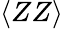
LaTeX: \langle ZZ\rangle